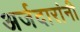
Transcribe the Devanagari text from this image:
अर्जदारांनी